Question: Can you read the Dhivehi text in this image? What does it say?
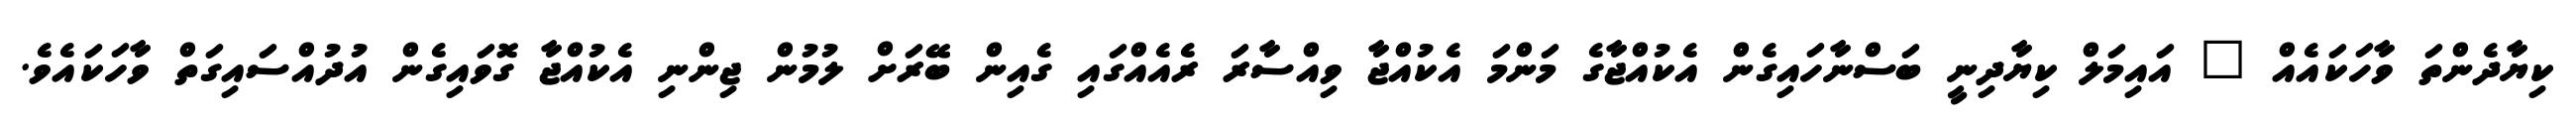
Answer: ކިޔާދެންތަ ވާހަކައެއް " އައިމަލް ކިޔާދިނީ ބަސްނާހައިގެން އެކުއްޖާގެ މަންމަ އެކުއްޖާ ވިއްސާރަ ރެއެއްގައި ގެއިން ބޭރަށް ލުމުން ޖިންނި އެކުއްޖާ ގޮވައިގެން އުދުއްސައިގަތް ވާހަކައެވެ.